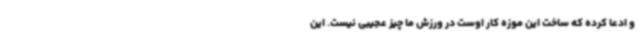
و ادعا کرده که ساخت این موزه کار اوست در ورزش ما چیز عجیبی نیست. این